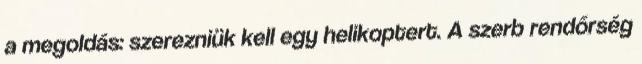
a megoldás: szerezniük kell egy helikoptert. A szerb rendőrség